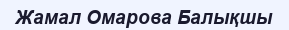
Жамал Омарова Балықшы